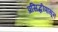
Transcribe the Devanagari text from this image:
प्रसिद्धीपासून